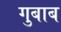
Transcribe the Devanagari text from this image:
गुबाब